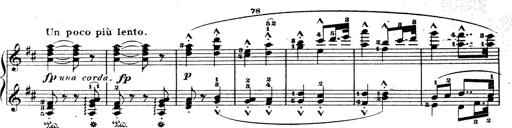
Title: Wagner-Liszt Album
Composer: Franz Liszt